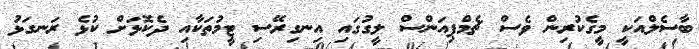
ބާސެލްއަކީ މީގެކުރިން ވެސް ޗެމްޕިއަންސް ލީގުގައި އިނގިރޭސި ޓީމުތަކާއި ދެކޮޅަށް ކުޅެ ރަނގަޅު